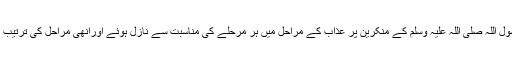
یہ سورہ چند شذرات کا مجموعہ ہے جو رسول اللہ صلی اللہ علیہ وسلم کے منکرین پر عذاب کے مراحل میں ہر مرحلے کی مناسبت سے نازل ہوئے اوراِنھی مراحل کی ترتیب کے ساتھ سورہ میں جمع کر دیے گئے ہیں۔